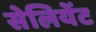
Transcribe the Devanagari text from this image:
सेलियेंट